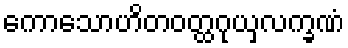
ကောသောဟိတဝတ္ထဂုယှလက္ခဏံ